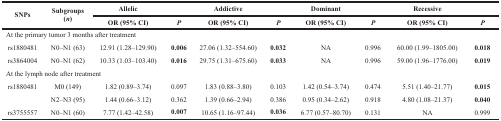
<table><thead><tr><td rowspan="2"><b>SNPs</b></td><td rowspan="2"><b>Subgroups (<i>n</i>)</b></td><td><b>Allelic</b></td><td></td><td><b>Addictive</b></td><td></td><td><b>Dominant</b></td><td></td><td><b>Recessive</b></td><td></td></tr><tr><td><b>OR (95% CI)</b></td><td><b><i>P</i></b></td><td><b>OR (95% CI)</b></td><td><b><i>P</i></b></td><td><b>OR (95% CI)</b></td><td><b><i>P</i></b></td><td><b>OR (95% CI)</b></td><td><b><i>P</i></b></td></tr></thead><tbody><tr><td colspan="10">At the primary tumor 3 months after treatment</td></tr><tr><td>rs1880481</td><td>N0–N1 (63)</td><td>12.91 (1.28–129.90)</td><td><b>0.006</b></td><td>27.06 (1.32–554.60)</td><td><b>0.032</b></td><td>NA</td><td>0.996</td><td>60.00 (1.99–1805.00)</td><td><b>0.018</b></td></tr><tr><td>rs3864004</td><td>N0–N1 (62)</td><td>10.33 (1.03–103.40)</td><td><b>0.016</b></td><td>29.75 (1.31–675.60)</td><td><b>0.033</b></td><td>NA</td><td>0.996</td><td>59.00 (1.96–1776.00)</td><td><b>0.019</b></td></tr><tr><td colspan="10">At the lymph node after treatment</td></tr><tr><td>rs1880481</td><td>M0 (149)</td><td>1.82 (0.89–3.74)</td><td>0.097</td><td>1.83 (0.88–3.80)</td><td>0.103</td><td>1.42 (0.54–3.74)</td><td>0.474</td><td>5.51 (1.40–21.77)</td><td><b>0.015</b></td></tr><tr><td></td><td>N2–N3 (95)</td><td>1.44 (0.66–3.12)</td><td>0.362</td><td>1.39 (0.66–2.94)</td><td>0.386</td><td>0.95 (0.34–2.62)</td><td>0.918</td><td>4.80 (1.08–21.37)</td><td><b>0.040</b></td></tr><tr><td>rs3755557</td><td>N0–N1 (60)</td><td>7.77 (1.42–42.58)</td><td><b>0.007</b></td><td>10.65 (1.16–97.44)</td><td><b>0.036</b></td><td>6.77 (0.57–80.70)</td><td>0.131</td><td>NA</td><td>0.999</td></tr></tbody></table>